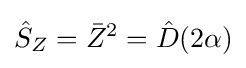
{\hat {S}}_{Z}={\bar {Z}}^{2}={\hat {D}}(2\alpha )